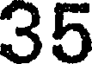
35